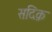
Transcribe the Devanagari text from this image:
सदिक़